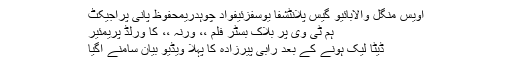
اویس منگل والابائیو گیس پلانٹشفا یوسفزئیفواد چوہدریمحفوظ پانی پراجیکٹ
ہم ٹی وی پر بلاک بسٹر فلم ،، ورنہ ،، کا ورلڈ پریمئیر
ڈیٹا لیک ہونے کے بعد رابی پیرزادہ کا پہلا ویڈیو بیان سامنے آگیا